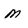
Character: M